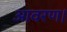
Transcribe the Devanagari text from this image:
आवरण।